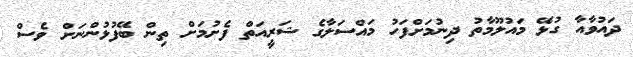
ދައުވާއާ ގުޅޭ މައުލޫމާތު ދިނުމަށްފަހު މައްސަލާގެ ޝަރީއަތް ފެށުމަށް ތިން ބޭފުޅުންނަށް ވެސް